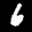
Label: 6